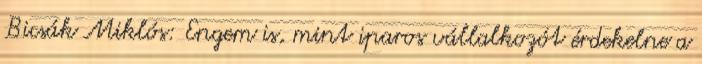
Bicsák Miklós: Engem is, mint iparos vállalkozót érdekelne a